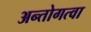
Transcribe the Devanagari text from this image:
अन्तोगत्वा